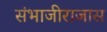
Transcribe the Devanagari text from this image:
संभाजीराजास